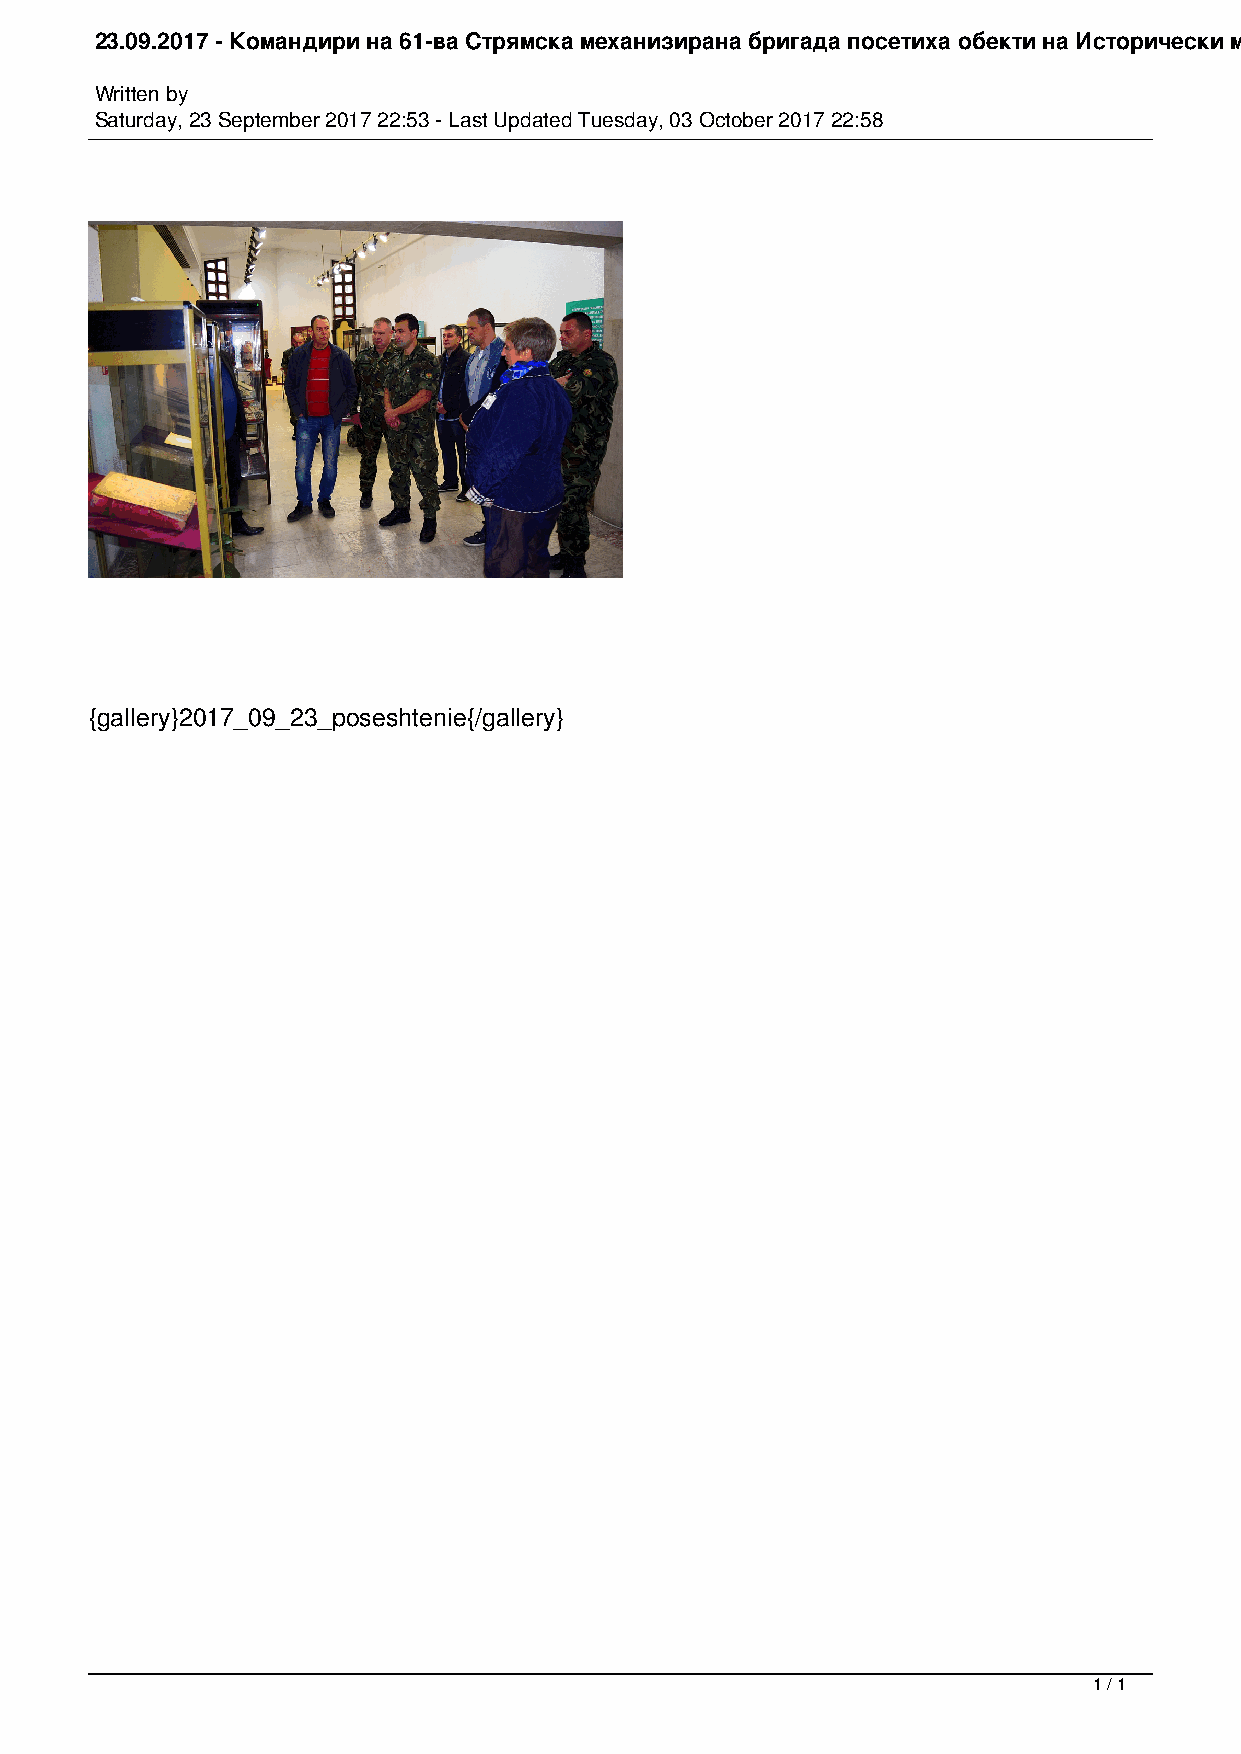
23.09.2017 - Командири на 61-ва Стрямска механизирана бригада посетиха обекти на Исторически музей Искра
 Written by
 Saturday, 23 September 2017 22:53 - Last Updated Tuesday, 03 October 2017 22:58
 {gallery}2017_09_23_poseshtenie{/gallery}
 1 / 1